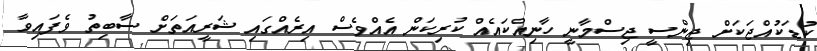
ކުޑަކުއްޖަކަށް ޖިންސީ ޖިސްމާނީ ހާނިއްކައެއް ކުރިކަން އެއްވެސް އިރެއްގައި ޝަރީއަތަށް ސާބިތު ވެފައިވާ